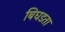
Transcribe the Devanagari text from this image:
बिघडता